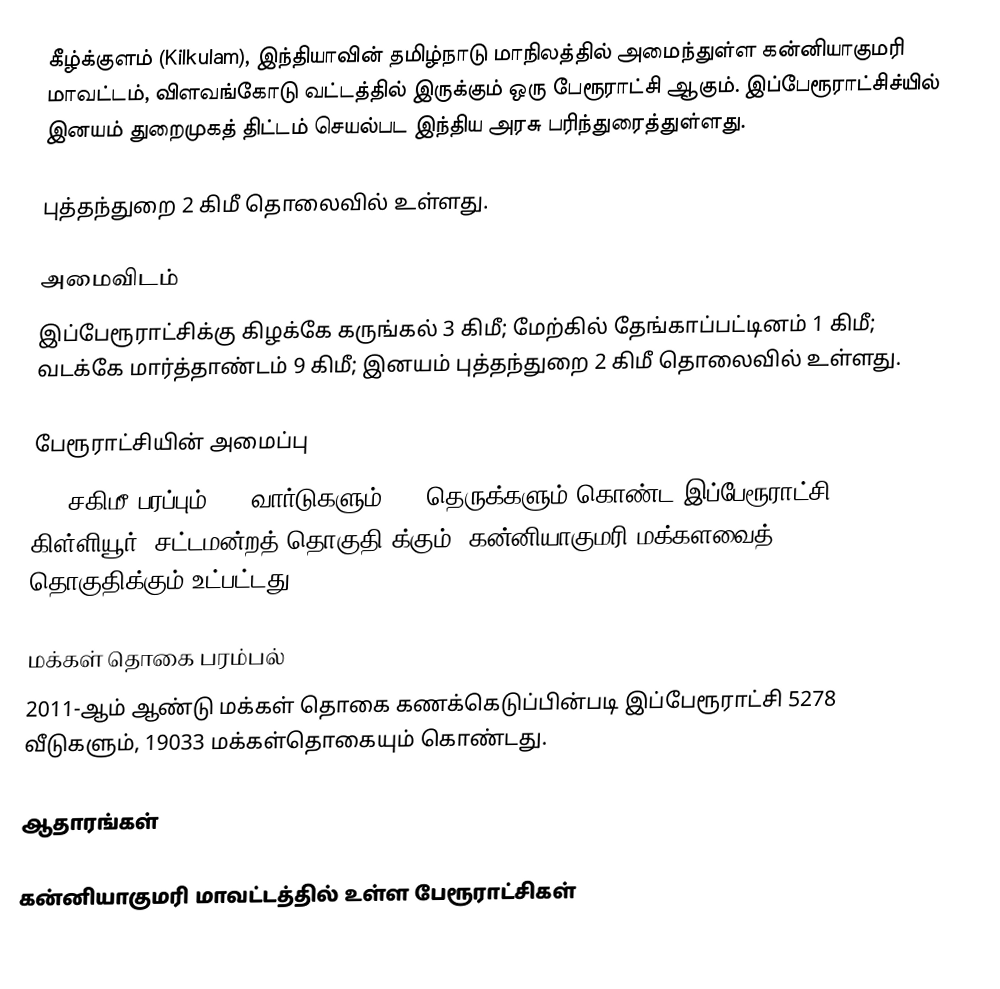
கீழ்க்குளம் (Kilkulam), இந்தியாவின் தமிழ்நாடு மாநிலத்தில் அமைந்துள்ள கன்னியாகுமரி மாவட்டம், விளவங்கோடு வட்டத்தில் இருக்கும் ஒரு பேரூராட்சி ஆகும். இப்பேரூராட்சிச்யில் இனயம் துறைமுகத் திட்டம் செயல்பட இந்திய அரசு பரிந்துரைத்துள்ளது.

புத்தந்துறை 2 கிமீ தொலைவில் உள்ளது.

அமைவிடம்
இப்பேரூராட்சிக்கு கிழக்கே கருங்கல் 3 கிமீ; மேற்கில் தேங்காப்பட்டினம் 1 கிமீ; வடக்கே மார்த்தாண்டம் 9 கிமீ; இனயம் புத்தந்துறை 2 கிமீ தொலைவில் உள்ளது.

பேரூராட்சியின் அமைப்பு
4.8 சகிமீ  பரப்பும், 18  வார்டுகளும், 54 தெருக்களும் கொண்ட இப்பேரூராட்சி  கிள்ளியூர் (சட்டமன்றத் தொகுதி)க்கும், கன்னியாகுமரி மக்களவைத் தொகுதிக்கும் உட்பட்டது.

மக்கள் தொகை பரம்பல்
2011-ஆம் ஆண்டு மக்கள் தொகை கணக்கெடுப்பின்படி  இப்பேரூராட்சி                              5278 வீடுகளும், 19033 மக்கள்தொகையும் கொண்டது.

ஆதாரங்கள்

கன்னியாகுமரி மாவட்டத்தில் உள்ள பேரூராட்சிகள்